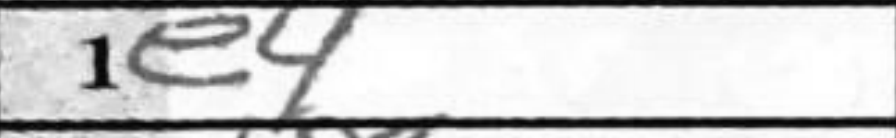
Transcription: e4